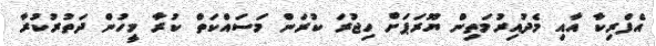
އެފްރިކާ އާއި މެދުއިރުމަތިން ޔޫރަޕަށް ހިޖުރަ ކުރަން މަސައްކަތް ކުރާ މީހުން ދަތުރުކުރާ